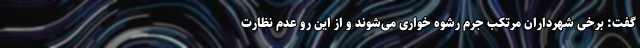
گفت: برخی شهرداران مرتکب جرم رشوه‌ خواری می‌شوند و از این رو عدم نظارت